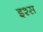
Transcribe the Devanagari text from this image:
इश्स